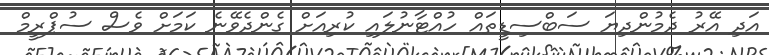
އަދި އޭރު ދެމުންދިޔަ ސަބްސިޑީތައް ހުއްޓާނުލައި ކުރިއަށް ގެންދެވޭނެ ކަމަށް ވެސް ސުޕްރީމް